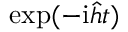
\exp ( - \mathrm { i } \hat { h } t )